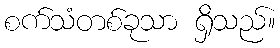
စက်သံတစ်ခုသာ ရှိသည်။